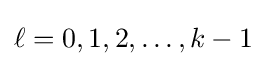
\ell =0,1,2,\dots ,k-1